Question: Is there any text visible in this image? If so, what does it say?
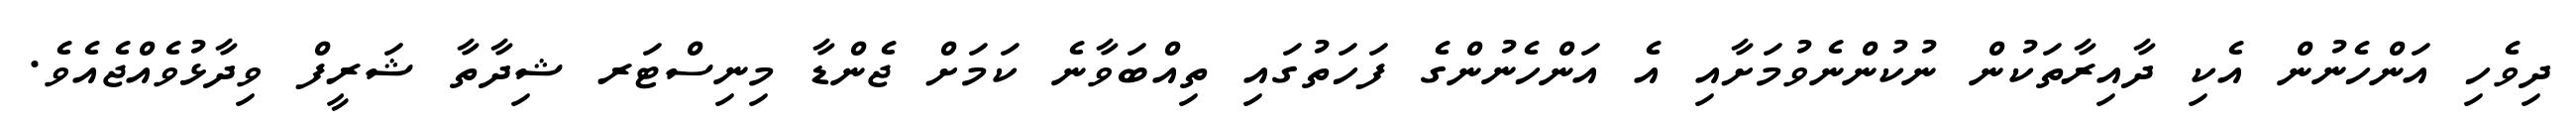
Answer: ދިވެހި އަންހެނުން އެކި ދާއިރާތަކުން ނުކުންނެވުމަށާއި އެ އަންހެނުންގެ ފަހަތުގައި ތިއްބަވާނެ ކަމަށް ޖެންޑާ މިނިސްޓަރ ޝިދާތާ ޝަރީފް ވިދާޅުވެއްޖެއެވެ.